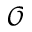
\mathcal { O }